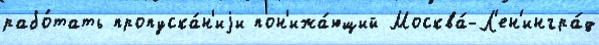
рабо́тать пропуска́н'иjи пон'ижа́ющий Москва́-Л'ен'ингра́д